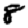
Digit: 8